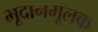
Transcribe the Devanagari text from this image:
भूदानमूलक